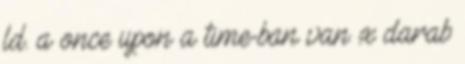
ld. a once upon a time-ban van x darab